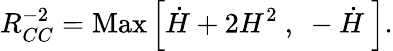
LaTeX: R_{CC}^{-2}=\mathrm{Max}\left[\dot{H}+2H^{2}~,~-\dot{H}~\right].